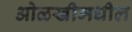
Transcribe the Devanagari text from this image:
ओळखीमधील